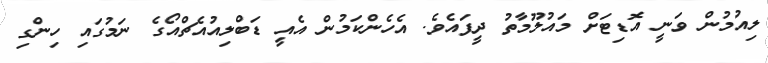
ލިއުމުން ވަނީ އޮޑިޓަށް މައުލޫމާތު ދީފައެވެ. އެހެންކަމުން އެއީ ޑަބްލިއުއެޗްއޯގެ ނަމުގައި ހިންގި